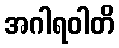
အဂါရဝါတိ